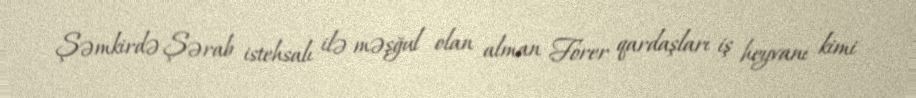
Şəmkirdə Şərab istehsalı ilə məşğul olan alman Forer qardaşları iş heyvanı kimi